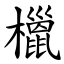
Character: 㯿